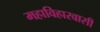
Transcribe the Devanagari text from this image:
महाविहारवासी